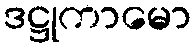
ဒဋ္ဌုကာမော